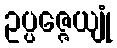
ဥပ္ပဇ္ဇေယျုံ